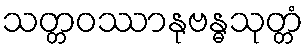
သတ္တဝဿာနုဗန္ဓသုတ္တံ